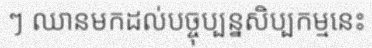
ៗ ឈានមកដល់បច្ចុប្បន្នសិប្បកម្មនេះ